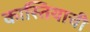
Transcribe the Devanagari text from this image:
कास्तियाची